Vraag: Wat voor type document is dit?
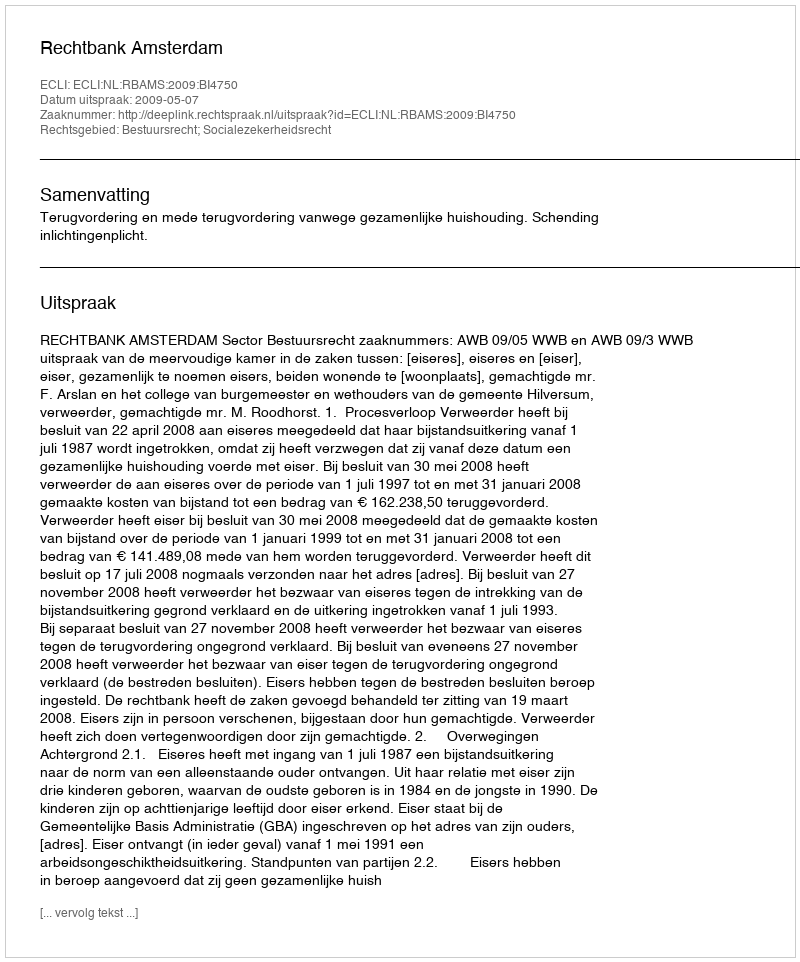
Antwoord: Uitspraak